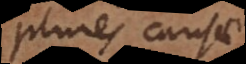
plures causae.)